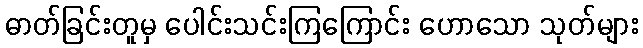
ဓာတ်ခြင်းတူမှ ပေါင်းသင်းကြကြောင်း ဟောသော သုတ်များ